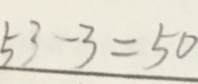
5 3 - 3 = 5 0